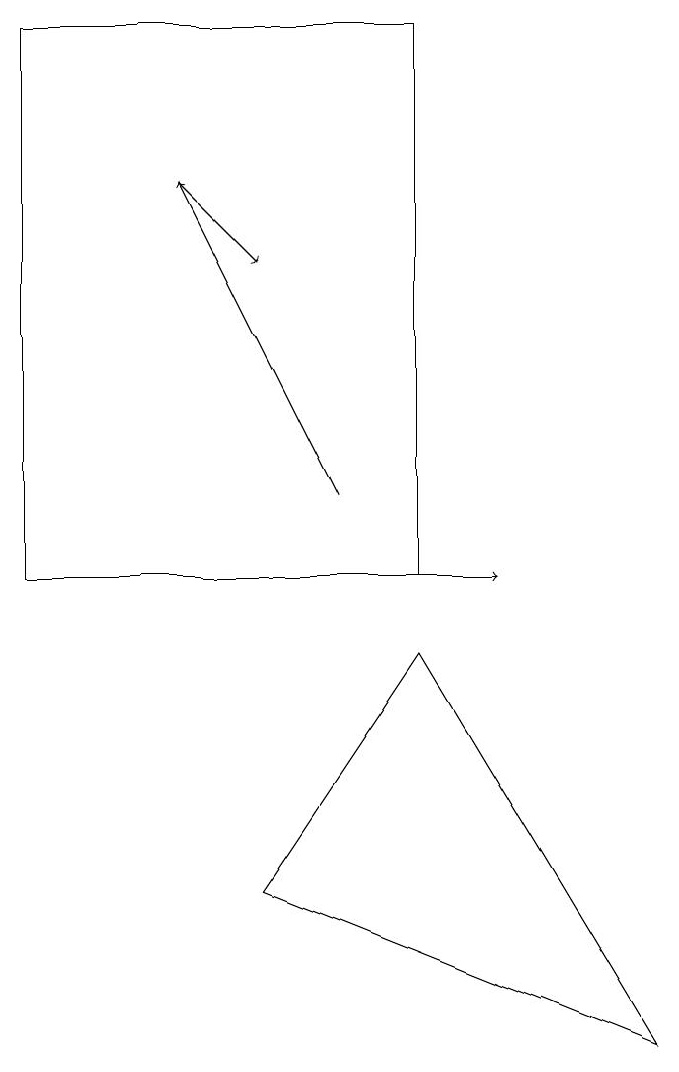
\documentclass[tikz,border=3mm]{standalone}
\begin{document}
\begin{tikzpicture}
\draw (6,10) rectangle (1,17);
\draw[->] (1,10) -- (7,10);
\draw[->] (3,15) -- (4,14);
\draw[->] (5,11) -- (3,15);
\draw (4,6) -- (6,9) -- (9,4) -- cycle;
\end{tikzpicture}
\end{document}